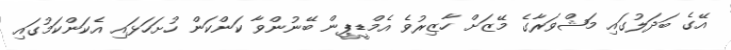
އޭގެ ބަދަލުގައި މަޝްވަރާގެ މޭޒަށް ހާޒިރުވެ އެމްޑީޕީން ބޭނުންވާ ކަންކަން ހުށަހަޅައި އެކަންކަމުގައި